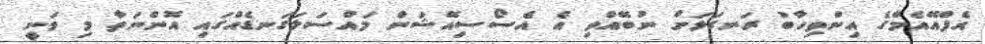
އެފްއޭއެމްގެ އިންތިހާބު ރަނގަޅަށް ނުބޭއްވި އެ އެސޯސިއޭޝަން މައްސަލަގަނޑެއްގައި އޮންނަތާ މި ވަނީ